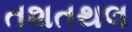
તશતથલ